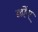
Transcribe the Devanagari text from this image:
छोंग